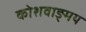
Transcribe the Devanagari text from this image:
कोशवाङ्मय